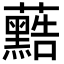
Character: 𮓐